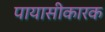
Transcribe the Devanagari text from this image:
पायासीकारक